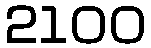
2100